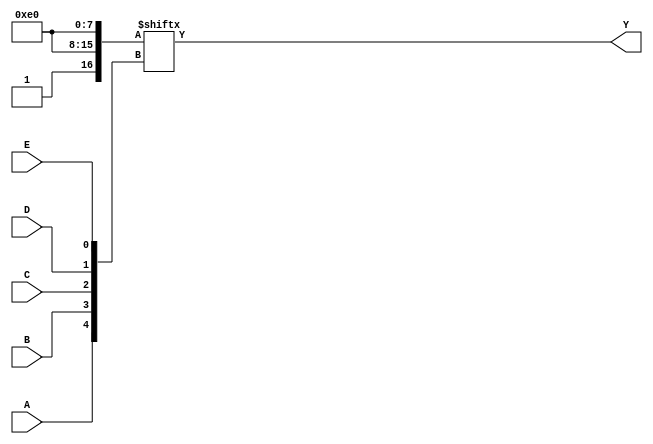
module five_variable_kmap (
    input wire A,    // Input variable A
    input wire B,    // Input variable B
    input wire C,    // Input variable C
    input wire D,    // Input variable D
    input wire E,    // Input variable E
    output wire Y    // Output Y based on K-map simplification
);

// Internal signal to represent the minterms
wire [31:0] minterms;

// Define the minterms based on the K-map (example)
assign minterms[0]  = 1'b0;  // A'B'C'D'E'
assign minterms[1]  = 1'b0;  // A'B'C'D'E
assign minterms[2]  = 1'b0;  // A'B'C'DE'
assign minterms[3]  = 1'b0;  // A'B'C'DE
assign minterms[4]  = 1'b0;  // A'B'CE'
assign minterms[5]  = 1'b1;  // A'B'CE
assign minterms[6]  = 1'b1;  // A'B'CDE'
assign minterms[7]  = 1'b1;  // A'B'CDE
// ... continue filling out the minterms based on your specific K-map
assign minterms[31] = 1'b1;  // A B C D E

// Output Y based on the defined minterms
assign Y = minterms[{A, B, C, D, E}];

endmodule